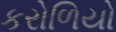
કરોળિયો